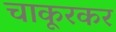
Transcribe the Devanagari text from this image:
चाकूरकर